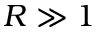
R \gg 1